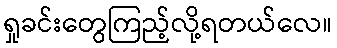
ရှုခင်းတွေကြည့်လို့ရတယ်လေ။